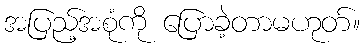
အပြည့်အစုံကို ပြောခဲ့တာမဟုတ်။